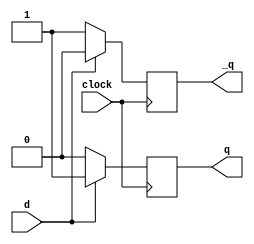
//Module to implement a D flip flop to be used in SIPO
module DFlipFlop(clock, d, q, _q);

	input		d;
	input		clock;
	output reg	q;
	output reg      _q;
	
	always @ (posedge clock)
	begin
	
		if(d == 0)
		begin
			q  <= 0;
			_q <= 1;
		end
		else
		begin
			q  <= 1;
			_q <= 0;
		end
	end
endmodule

//Module to implement a JK flip flop to be used in the counter
module JKFlipFlop(clock, j, k, q, _q);

	input		clock;
	input		j;
	input		k;
	output reg	q;
	output reg	_q;

	wire [1:0]	temp;
	assign 	temp[0] = k;
	assign 	temp[1] = j;

	initial
	begin
		q = 0;
	       _q = 1;
	end

	always @ (posedge clock)
	begin

		if( j == 0 && k ==0)
		begin
			q  <=  q;
			_q <= _q;
		end

		else if( j == 0 && k == 1)
		begin
			q  <=  0;
			_q <=  1;
		end

		else if( j == 1 && k == 0)
		begin
			q  <=  1;
			_q <=  0;
		end

		else 
		begin
			q  <=  ~q;
			_q <= ~_q;
		end
	
	end
endmodule

//Module to implement a 4 Bit binary counter => counts from 0 to 8 and return 1 when it reaches 8
module fourBitCounter(clock, isItEight);

	input		clock;
	output reg	isItEight;

	wire		a, b, c, d;
	wire		_a, _b, _c, _d;
	wire		Ja, Ka, Jb, Kb, Jc, Kc, Jd, Kd;
	
	assign		Ja = (b & c & d);
	assign		Ka = 1;
	assign		Jb = (c & d);
	assign		Kb = (c & d);
	assign		Jc = d;
	assign		Kc = d;
	assign		Jd = ~a;
	assign		Kd = 1;

	JKFlipFlop	JKffa(.clock(clock), .j(Ja), .k(Ka), .q(a), ._q(_a));
	JKFlipFlop	JKffb(.clock(clock), .j(Jb), .k(Kb), .q(b), ._q(_b));
	JKFlipFlop	JKffc(.clock(clock), .j(Jc), .k(Kc), .q(c), ._q(_c));
	JKFlipFlop	JKffd(.clock(clock), .j(Jd), .k(Kd), .q(d), ._q(_d));

	always @ (posedge clock)
	begin

		isItEight = ((~a) & (b) & (c) & (d));

	end
endmodule


//Module to implement a SIPO to be used in the decoder
module decoder(clock, serialIn, parallelOut);
	
	input			clock;
	input			serialIn;
	output [7:0]		parallelOut;

	wire		d7, d6, d5, d4, d3, d2, d1, d0, isEight;
	wire [7:0]	temp, paralleloutTemp;
	
	DFlipFlop	Dff7(.clock(clock), .d(serialIn), .q(paralleloutTemp[7]), ._q(temp[0]));
	DFlipFlop	Dff6(.clock(clock), .d(paralleloutTemp[7]), .q(paralleloutTemp[6]), ._q(temp[1]));
	DFlipFlop	Dff5(.clock(clock), .d(paralleloutTemp[6]), .q(paralleloutTemp[5]), ._q(temp[2]));
	DFlipFlop	Dff4(.clock(clock), .d(paralleloutTemp[5]), .q(paralleloutTemp[4]), ._q(temp[3]));
	DFlipFlop	Dff3(.clock(clock), .d(paralleloutTemp[4]), .q(paralleloutTemp[3]), ._q(temp[4]));
	DFlipFlop	Dff2(.clock(clock), .d(paralleloutTemp[3]), .q(paralleloutTemp[2]), ._q(temp[5]));
	DFlipFlop	Dff1(.clock(clock), .d(paralleloutTemp[2]), .q(paralleloutTemp[1]), ._q(temp[6]));
	DFlipFlop	Dff0(.clock(clock), .d(paralleloutTemp[1]), .q(paralleloutTemp[0]), ._q(temp[7]));

	fourBitCounter	counter(.clock(clock), .isItEight(isEight));

	assign		parallelOut[0] = isEight ^ paralleloutTemp[0];
	assign		parallelOut[1] = isEight ^ paralleloutTemp[1];
	assign		parallelOut[2] = isEight ^ paralleloutTemp[2];
	assign		parallelOut[3] = isEight ^ paralleloutTemp[3];
	assign		parallelOut[4] = isEight ^ paralleloutTemp[4];
	assign		parallelOut[5] = isEight ^ paralleloutTemp[5];
	assign		parallelOut[6] = isEight ^ paralleloutTemp[6];
	assign		parallelOut[7] = isEight ^ paralleloutTemp[7];

endmodule